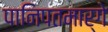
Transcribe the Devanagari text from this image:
पानिपतमार्गे